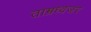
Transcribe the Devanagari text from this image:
ताम्रध्वजर